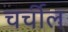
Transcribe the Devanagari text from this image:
चर्चील